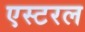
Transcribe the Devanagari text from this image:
एस्टरल